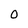
Character: 0